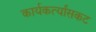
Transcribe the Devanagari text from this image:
कार्यकर्त्यांसकट